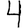
Digit: 4